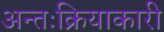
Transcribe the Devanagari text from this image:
अन्तःक्रियाकारी